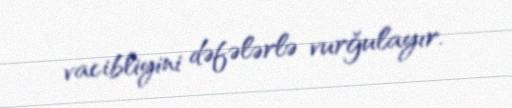
vacibliyini dəfələrlə vurğulayır.